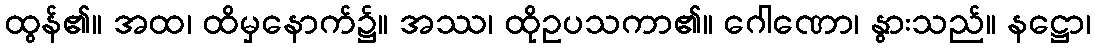
ထွန်၏။ အထ၊ ထိမှနောက်၌။ အဿ၊ ထိုဥပသကာ၏။ ဂေါဏော၊ နွားသည်။ နဋ္ဌော၊